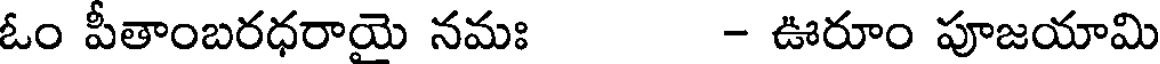
ఓం పీతాంబరధరాయై నమః - ఊరూం పూజయామి